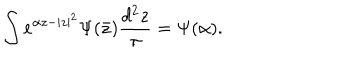
\int e ^ { \alpha z - | z | ^ { 2 } } \Psi ( \bar { z } ) { \frac { d ^ { 2 } z } { \pi } } = \Psi ( \alpha ) .